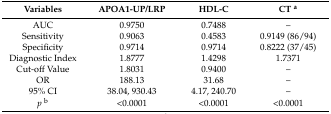
<table><thead><tr><td><b>Variables</b></td><td><b>APOA1-UP/LRP</b></td><td><b>HDL-C</b></td><td><b>CT <sup>a</sup></b></td></tr></thead><tbody><tr><td>AUC</td><td>0.9750</td><td>0.7488</td><td>–</td></tr><tr><td>Sensitivity</td><td>0.9063</td><td>0.4583</td><td>0.9149 (86/94)</td></tr><tr><td>Specificity</td><td>0.9714</td><td>0.9714</td><td>0.8222 (37/45)</td></tr><tr><td>Diagnostic Index</td><td>1.8777</td><td>1.4298</td><td>1.7371</td></tr><tr><td>Cut-off Value</td><td>1.8031</td><td>0.9400</td><td>–</td></tr><tr><td>OR</td><td>188.13</td><td>31.68</td><td>–</td></tr><tr><td>95% CI</td><td>38.04, 930.43</td><td>4.17, 240.70</td><td>–</td></tr><tr><td><i>p</i><sup>b</sup></td><td>&lt;0.0001</td><td>&lt;0.0001</td><td>&lt;0.0001</td></tr></tbody></table>